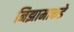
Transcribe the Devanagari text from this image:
निझामाकडे